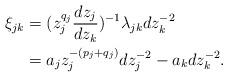
LaTeX: \begin{align*}\xi_{jk} & = (z_j^{q_j}\frac{dz_j}{dz_k})^{-1}\lambda_{jk}dz_k^{-2} \\& = a_jz_j^{-(p_j+q_j)}dz_j^{-2} - a_kdz_k^{-2}.\end{align*}